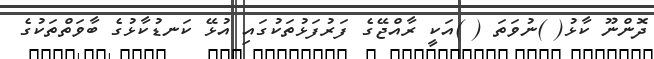
ދޮންނޫ ކާޅު( )ނުވަތަ ( )އަކީ ރާއްޖޭގެ ފަރުފަޅުތަކުގައި އުޅޭ ކަނޑުކާޅުގެ ބާވަތްތަކުގެ